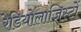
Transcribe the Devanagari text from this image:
रेडियोलाजिस्टों